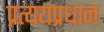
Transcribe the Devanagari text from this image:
प्रत्ययप्रधान